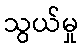
သွယ်မှု